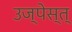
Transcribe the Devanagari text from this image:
उज्पेस्त्